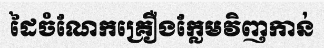
ដៃចំណែកគ្រឿងក្លែមវិញកាន់